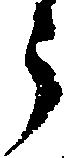
う